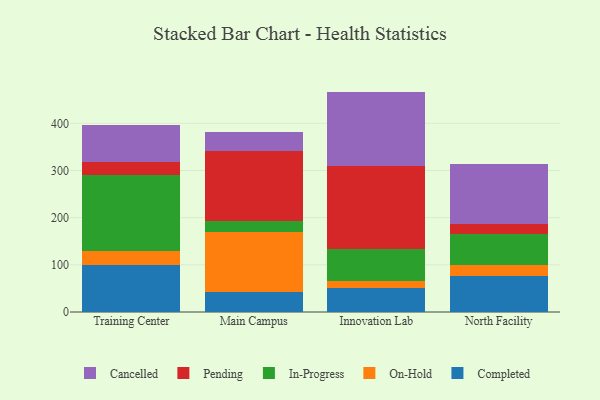
{"axis": {"x": "Campus", "y": "Demand Index"}, "legend": ["Cancelled", "Completed", "In-Progress", "On-Hold", "Pending"], "data": [{"x": "Training Center", "y": 99.3, "type": "Completed"}, {"x": "Training Center", "y": 30.4, "type": "On-Hold"}, {"x": "Training Center", "y": 161.1, "type": "In-Progress"}, {"x": "Training Center", "y": 26.9, "type": "Pending"}, {"x": "Training Center", "y": 78.4, "type": "Cancelled"}, {"x": "Main Campus", "y": 42.5, "type": "Completed"}, {"x": "Main Campus", "y": 127.9, "type": "On-Hold"}, {"x": "Main Campus", "y": 22.1, "type": "In-Progress"}, {"x": "Main Campus", "y": 149.2, "type": "Pending"}, {"x": "Main Campus", "y": 40.8, "type": "Cancelled"}, {"x": "Innovation Lab", "y": 51.9, "type": "Completed"}, {"x": "Innovation Lab", "y": 14.5, "type": "On-Hold"}, {"x": "Innovation Lab", "y": 68.1, "type": "In-Progress"}, {"x": "Innovation Lab", "y": 174.6, "type": "Pending"}, {"x": "Innovation Lab", "y": 158.1, "type": "Cancelled"}, {"x": "North Facility", "y": 76.9, "type": "Completed"}, {"x": "North Facility", "y": 21.9, "type": "On-Hold"}, {"x": "North Facility", "y": 66.0, "type": "In-Progress"}, {"x": "North Facility", "y": 22.3, "type": "Pending"}, {"x": "North Facility", "y": 127.1, "type": "Cancelled"}]}